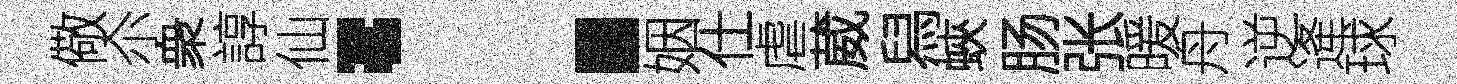
儆尒衆諄仙：姻仕虐葳舄蛺肠张暖舟逆逄球